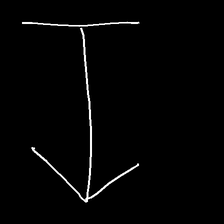
Glyph: levitation